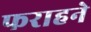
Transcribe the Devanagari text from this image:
फराहने